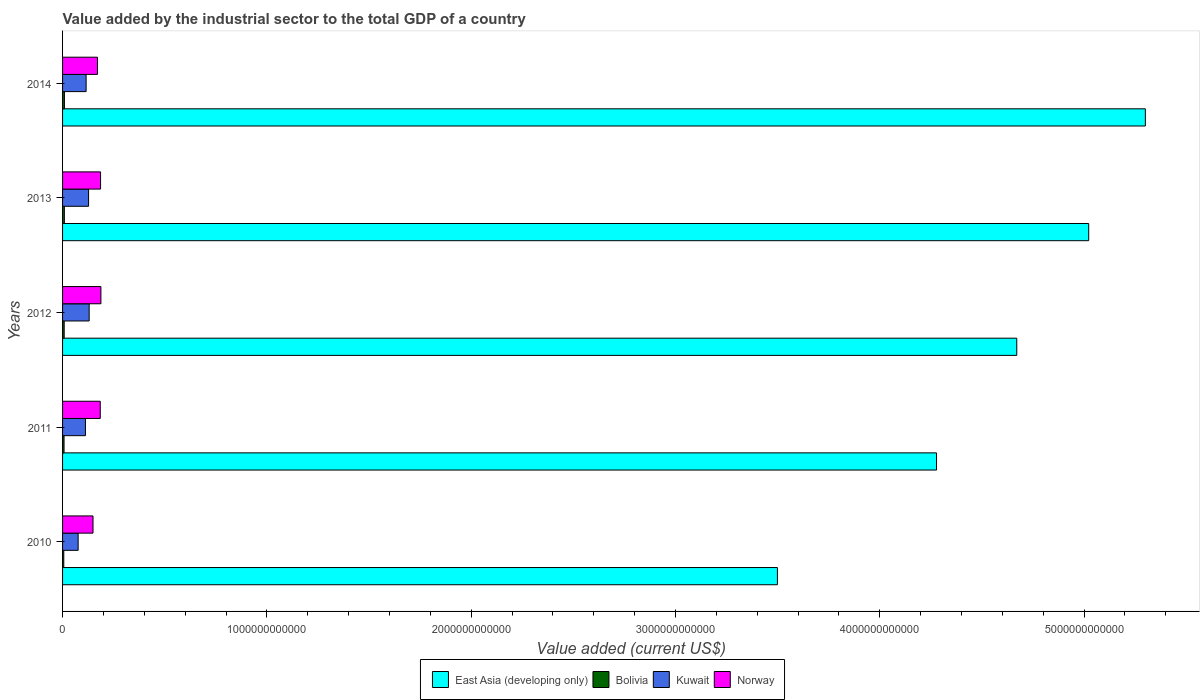
| Years | East Asia (developing only) | Bolivia | Kuwait | Norway |
 | --- | --- | --- | --- | --- |
 | 2010 | 3.5e+12 | 5.92e+09 | 7.63e+10 | 1.49e+11 |
 | 2011 | 4.28e+12 | 7.28e+09 | 1.12e+11 | 1.84e+11 |
 | 2012 | 4.67e+12 | 7.95e+09 | 1.3e+11 | 1.88e+11 |
 | 2013 | 5.02e+12 | 8.74e+09 | 1.27e+11 | 1.86e+11 |
 | 2014 | 5.3e+12 | 9.12e+09 | 1.15e+11 | 1.71e+11 |